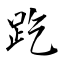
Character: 趷